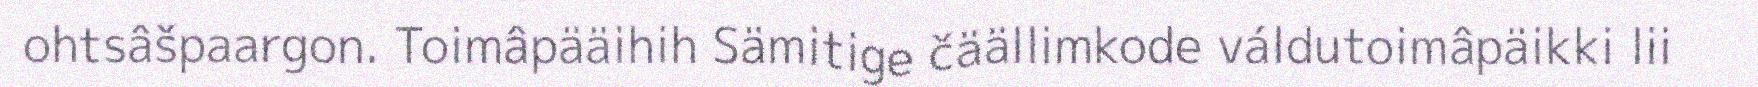
ohtsâšpaargon. Toimâpääihih Sämitige čäällimkode váldutoimâpäikki lii